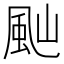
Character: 𩖞